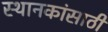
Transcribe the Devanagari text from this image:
स्थानकांसाठी